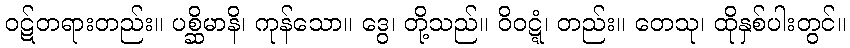
ဝဋ်တရားတည်း။ ပစ္ဆိမာနိ၊ ကုန်သော။ ဒွေ၊ တို့သည်။ ဝိဝဋ္ဋံ၊ တည်း။ တေသု၊ ထိုနှစ်ပါးတွင်။